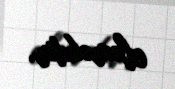
eləməkdir.